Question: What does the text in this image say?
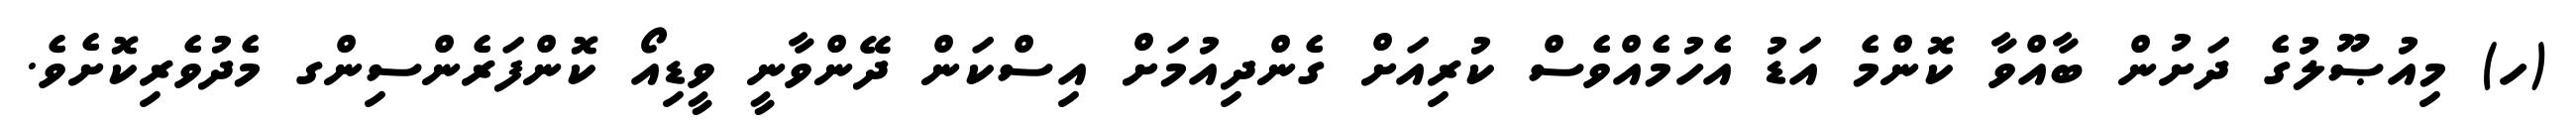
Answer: (ހ) މިއުޞޫލުގެ ދަށުން ބާއްވާ ކޮންމެ އަޑު އެހުމެއްވެސް ކުރިއަށް ގެންދިއުމަށް އިސްކަން ދޭންވާނީ ވީޑިއޯ ކޮންފަރެންސިންގ މެދުވެރިކޮށެވެ.